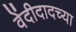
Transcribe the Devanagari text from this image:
वेंदीदादच्या